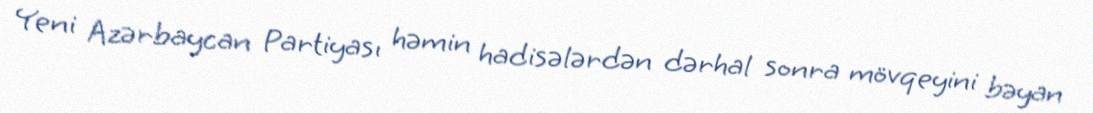
Yeni Azərbaycan Partiyası həmin hadisələrdən dərhal sonra mövqeyini bəyan